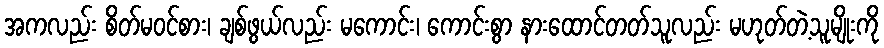
အကလည်း စိတ်မဝင်စား၊ ချစ်ဖွယ်လည်း မကောင်း၊ ကောင်းစွာ နားထောင်တတ်သူလည်း မဟုတ်တဲ့သူမျိုးကို